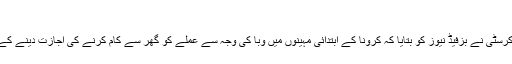
‘
ٹوئٹر کی ہیومن ریسورس شعبے کی سربراہ جییفر کرسٹی نے بزفیڈ نیوز کو بتایا کہ کرونا کے ابتدائی مہینوں میں وبا کی وجہ سے عملے کو گھر سے کام کرنے کی اجازت دینے کے بعد ’کمپنی اب شاید کبھی پہلے جیسی نہ ہو سکے۔